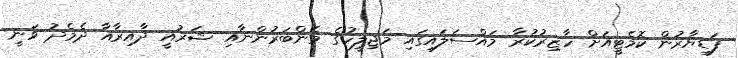
ފަޑިޔާރުން ކޮމެޓީއަށް ހާޒިރުކުރާ މައްސަލައިގައި މަޖިލީހުގެ މެންބަރުންނާއި ޝަރުއީ ދާއިރާއާ ދެމެދު ވަނީ